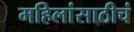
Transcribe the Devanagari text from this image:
महिलांसाठीचं